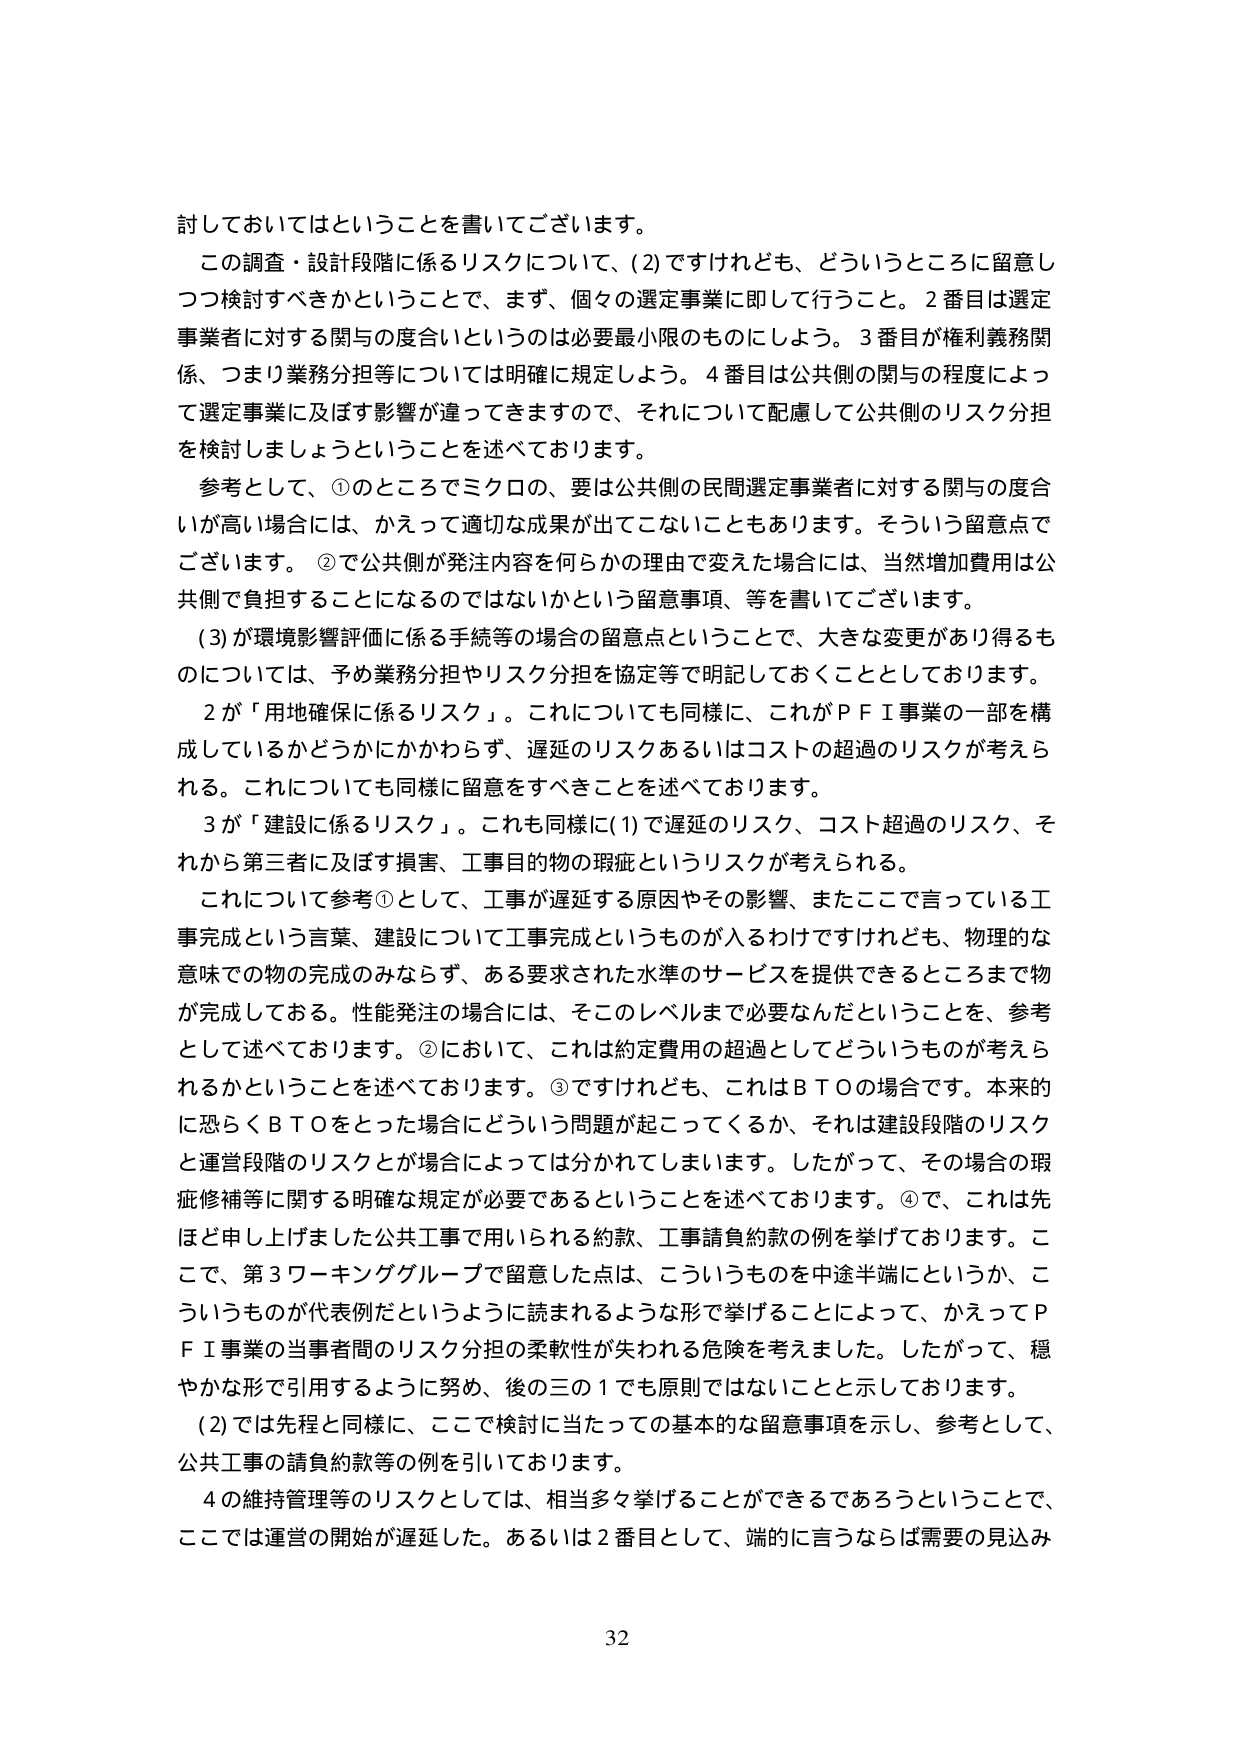
討しておいてはということを書いてございます。

この調査・設計段階に係るリスクについて、(2)ですけれども、どういうところに留意しつつ検討すべきかということで、まず、個々の選定事業に即して行うこと。2番目は選定事業者に対する関与の度合いというのは必要最小限のものにしよう。3番目が権利義務関係、つまり業務分担等については明確に規定しよう。4番目は公共側の関与の程度によって選定事業に及ぼす影響が違ってきますので、それについて配慮して公共側のリスク分担を検討しましょうということを述べております。

参考として、①のところでミクロの、要は公共側の民間選定事業者に対する関与の度合いが高い場合には、かえって適切な成果が出てこないこともあります。そういう留意点でございます。②で公共側が発注内容を何らかの理由で変えた場合には、当然増加費用は公共側で負担することになるのではないかという留意事項、等を書いてございます。

(3)が環境影響評価に係る手続等の場合の留意点ということで、大きな変更があり得るものについては、予め業務分担やリスク分担を協定等で明記しておくこととしております。

2が「用地確保に係るリスク」。これについても同様に、これがＰＦＩ事業の一部を構成しているかどうかにかかわらず、遅延のリスクあるいはコストの超過のリスクが考えられる。これについても同様に留意をすべきことを述べております。

3が「建設に係るリスク」。これも同様に(1)で遅延のリスク、コスト超過のリスク、それから第三者に及ぼす損害、工事目的物の瑕疵というリスクが考えられる。

これについて参考①として、工事が遅延する原因やその影響、またここで言っている工事完成という言葉、建設について工事完成というものが入るわけですけれども、物理的な意味での物の完成のみならず、ある要求された水準のサービスを提供できるところまで物が完成しておる。性能発注の場合には、そこのレベルまで必要なんだということを、参考として述べております。②において、これは約定費用の超過としてどういうものが考えられるかということを述べております。③ですけれども、これはＢＴＯの場合です。本来的に恐らくＢＴＯをとった場合にどういう問題が起こってくるか、それは建設段階のリスクと運営段階のリスクとが場合によっては分かれてしまいます。したがって、その場合の瑕疵修補等に関する明確な規定が必要であるということを述べております。④で、これは先ほど申し上げました公共工事で用いられる約款、工事請負約款の例を挙げております。ここで、第3ワーキンググループで留意した点は、こういうものを中途半端にというか、こういうものが代表例だというように読まれるような形で挙げることによって、かえってＰＦＩ事業の当事者間のリスク分担の柔軟性が失われる危険を考えました。したがって、穏やかな形で引用するように努め、後の三の1でも原則ではないことと示しております。

(2)では先程と同様に、ここで検討に当たっての基本的な留意事項を示し、参考として、公共工事の請負約款等の例を引いております。

4の維持管理等のリスクとしては、相当多々挙げることができるであろうということで、ここでは運営の開始が遅延した。あるいは2番目として、端的に言うならば需要の見込み

32